Problem: 4 × 8 = ?
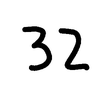
Handwritten answer: 32